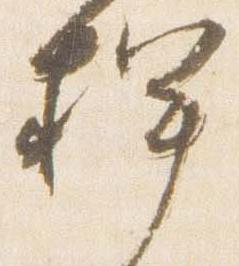
捍